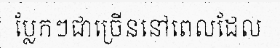
ប្លែកៗជាច្រើននៅពេលដែល